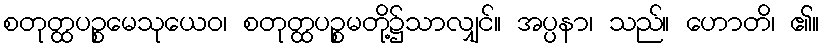
စတုတ္ထပဉ္စမေသုယေဝ၊ စတုတ္ထပဉ္စမတို့၌သာလျှင်။ အပ္ပနာ၊ သည်။ ဟောတိ၊ ၏။